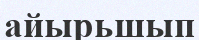
айырьшып